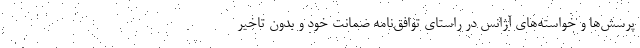
پرسش‌ها و خواسته‌های آژانس در راستای توافق‌نامه ضمانت خود و بدون تاخیر